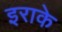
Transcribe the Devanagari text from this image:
इराके